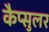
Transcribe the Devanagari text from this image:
कैप्सुलर